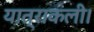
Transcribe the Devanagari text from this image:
यात्राकली।